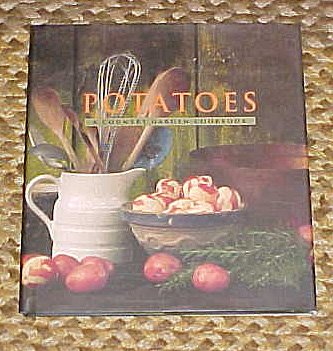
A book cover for Potatoes: A Country Garden Cookbook; Maggie Waldron; Cookbooks, Food & Wine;